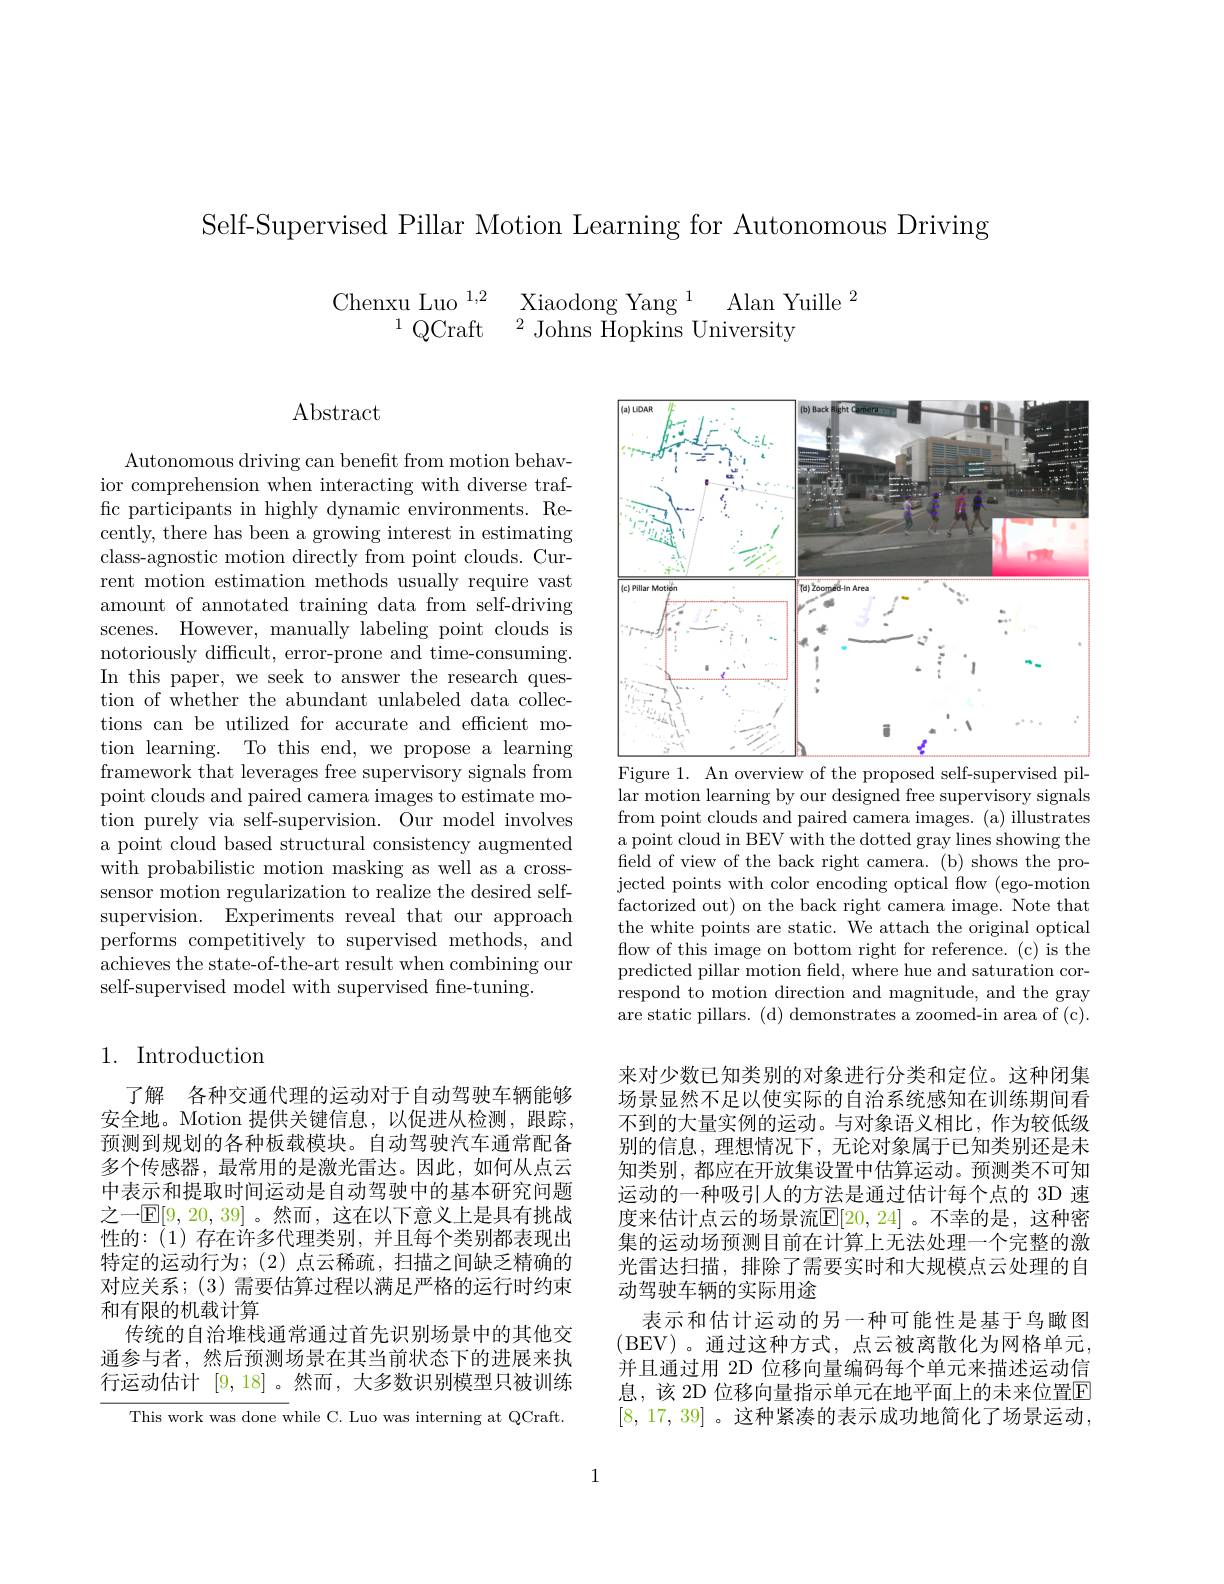
Self-Supervised Pillar Motion Learning for Autonomous Driving

$\begin{array}{cc}{\mathrm{Chenxu~Luo~}^{1,2}}&{{\mathrm{Xiaodong~Yang~}^{1}}}\\{{}^{1}\mathrm{QCraft}}&{{}^{2}\mathrm{Johns~Hopkins~University}}\end{array}$

Abstract

Autonomous driving can benefit from motion behavior comprehension when interacting with diverse traffic participants in highly dynamic environments. Recently, there has been a growing interest in estimating class-agnostic motion directly from point clouds. Current motion estimation methods usually require vast amount of annotated training data from self-driving scenes. However, manually labeling point clouds is notoriously difficult, error-prone and time-consuming. In this paper, we seek to answer the research question of whether the abundant unlabeled data collections can be utilized for accurate and efficient motion learning. To this end, we propose a learning framework that leverages free supervisory signals from point clouds and paired camera images to estimate motion purely via self-supervision. Our model involves a point cloud based structural consistency augmented with probabilistic motion masking as well as a crosssensor motion regularization to realize the desired selfsupervision. Experiments reveal that our approach performs competitively to supervised methods, and achieves the state-of-the-art result when combining our self-supervised model with supervised fne-tuning.

## 1. Introduction

了解 各种交通代理的运动对于自动驾驶车辆能够安全地。Motion 提供关键信息，以促进从检测，跟踪， 预测到规划的各种板载模块。自动驾驶汽车通常配备多个传感器，最常用的是激光雷达。因此，如何从点云中表示和提取时间运动是自动驾驶中的基本研究问题之一$\mathbb{E}[9,20,39]$。然而，这在以下意义上是具有挑战性的：(1)存在许多代理类别，并且每个类别都表现出特定的运动行为；(2)点云稀疏，扫描之间缺乏精确的对应关系；(3) 需要估算过程以满足严格的运行时约束和有限的机载计算
传统的自治堆栈通常通过首先识别场景中的其他交通参与者，然后预测场景在其当前状态下的进展来执行运动估计[9,18] 。然而，大多数识别模型只被训练

This work was done while C. Luo was interning at QCraft.

<FigureHere>
Figure 1. An overview of the proposed self-supervised pil-

lar motion learning by our designed free supervisory signals from point clouds and paired camera images. (a) illustrates a point cloud in BEV with the dotted gray lines showing the $\hat{\text{field of view of the back right camera.(b) shows the pro-}}$ jected points with color encoding optical flow (ego-motion factorized out) on the back right camera image. Note that the white points are static. We attach the original optical flow of this image on bottom right for reference. (c) is the predicted pillar motion feld, where hue and saturation correspond to motion direction and magnitude, and the gray are static pillars. (d) demonstrates a zoomed-in area of (c).

来对少数已知类别的对象进行分类和定位。这种闭集场景显然不足以使实际的自治系统感知在训练期间看不到的大量实例的运动。与对象语义相比，作为较低级别的信息，理想情况下，无论对象属于已知类别还是未知类别，都应在开放集设置中估算运动。预测类不可知运动的一种吸引人的方法是通过估计每个点的 3D 速度来估计点云的场景流$\mathbb{E}[20,24]$。不幸的是，这种密集的运动场预测目前在计算上无法处理一个完整的激光雷达扫描，排除了需要实时和大规模点云处理的自动驾驶车辆的实际用途
表示和估计运动的另一种可能性是基于鸟瞰图(BEV)。通过这种方式，点云被离散化为网格单元， 并且通过用 2D 位移向量编码每个单元来描述运动信息，该 2D 位移向量指示单元在地平面上的未来位置$\overline{\mathrm{E}}$ [8,17,39]。这种紧凑的表示成功地简化了场景运动，

1